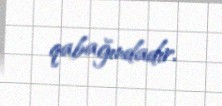
qabağındadır.